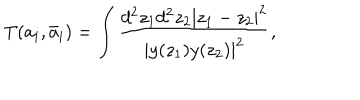
T ( a _ { i } , \bar { a } _ { i } ) = \int { \frac { d ^ { 2 } z _ { 1 } d ^ { 2 } z _ { 2 } | z _ { 1 } - z _ { 2 } | ^ { 2 } } { | y ( z _ { 1 } ) y ( z _ { 2 } ) | ^ { 2 } } } ,